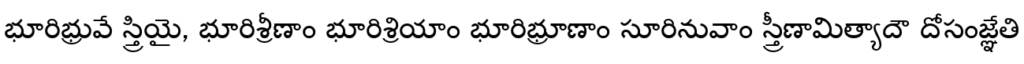
భూరిభ్రువే స్త్రియై, భూరిశ్రీణాం భూరిశ్రియాం భూరిభ్రూణాం సూరినువాం స్త్రీణామిత్యాదౌ దోసంజ్ఞేతి